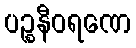
ပဉ္စနီဝရဏေ